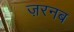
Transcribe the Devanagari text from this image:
ज़रनब